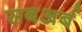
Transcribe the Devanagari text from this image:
सबअर्ब